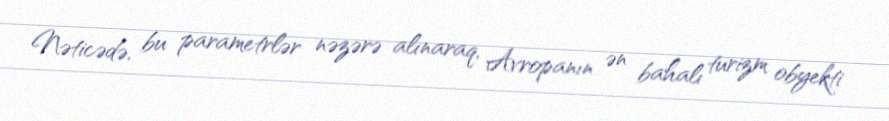
Nəticədə, bu parametrlər nəzərə alınaraq, Avropanın ən bahalı turizm obyekti